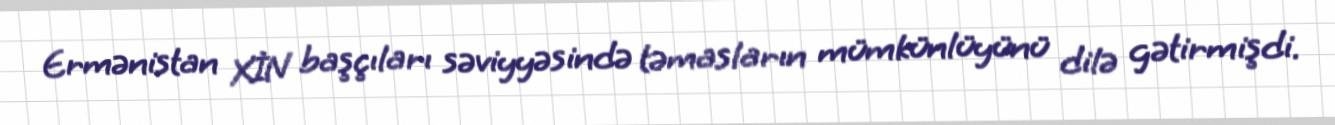
Ermənistan XİN başçıları səviyyəsində təmasların mümkünlüyünü dilə gətirmişdi.